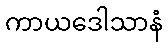
ကာယဒေါသာနံ